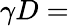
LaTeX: \gamma D=